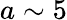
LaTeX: a\sim 5